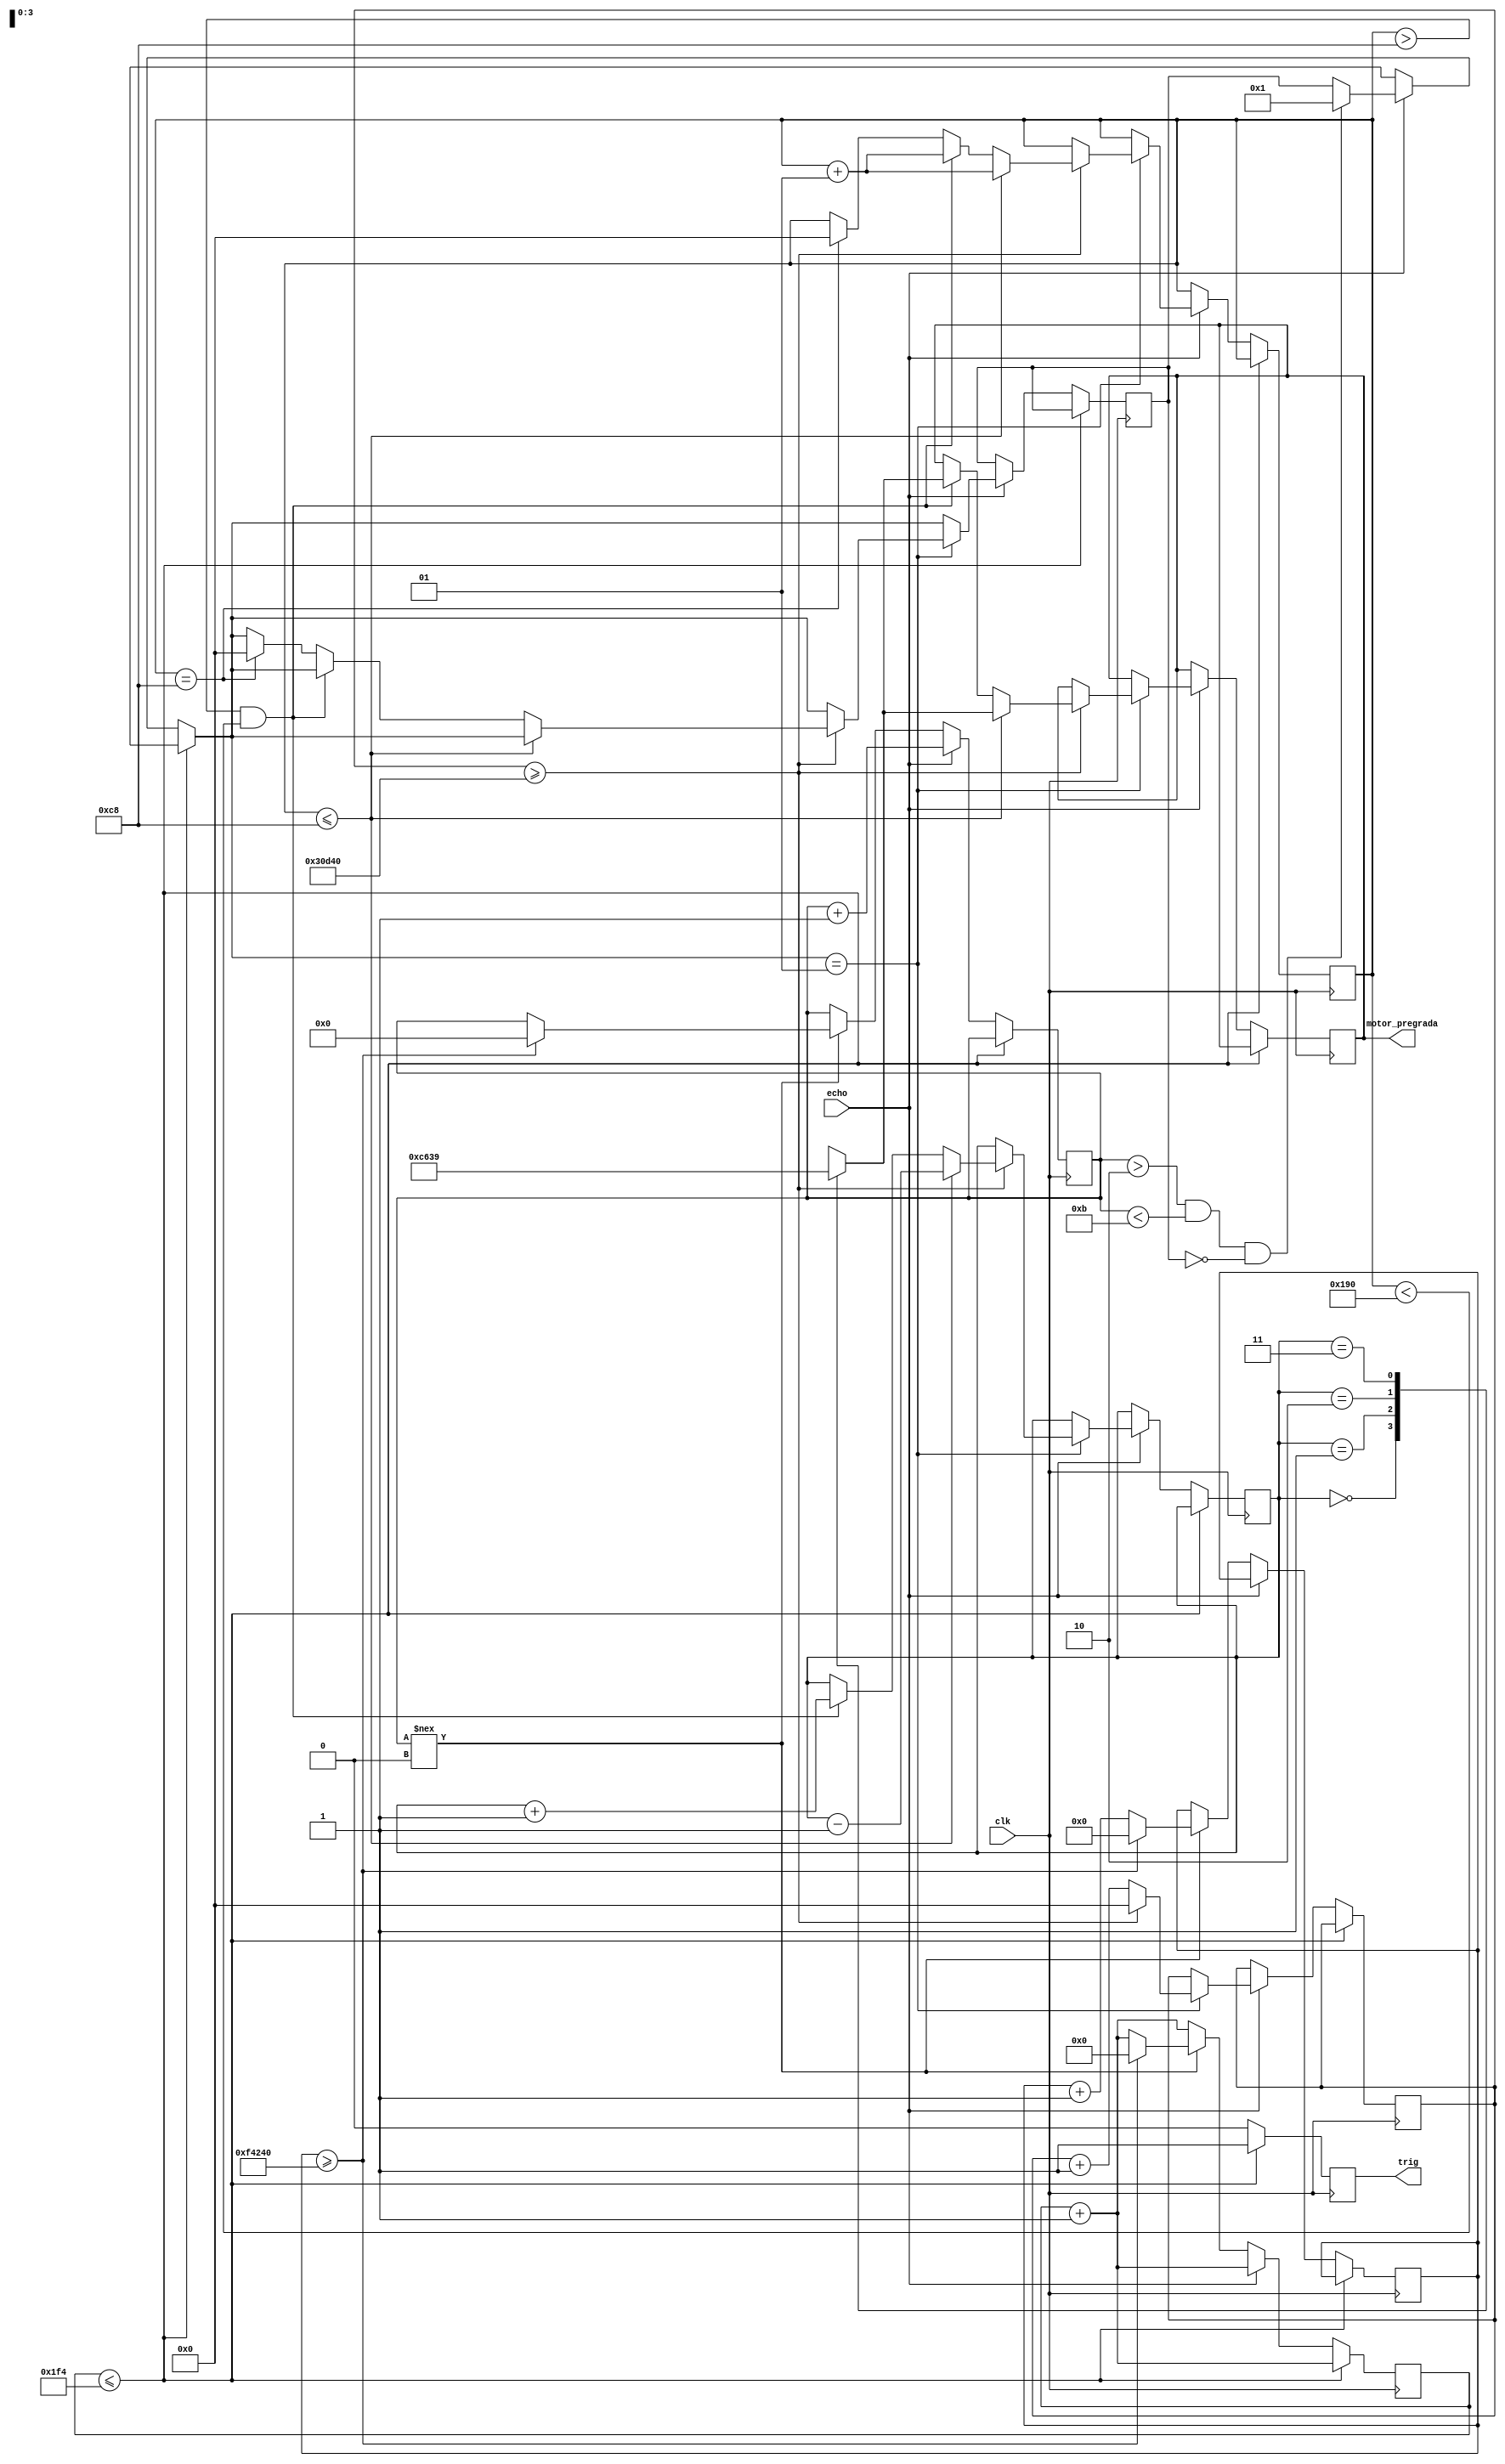
module hcsr04(clk, trig, echo, motor_pregrada);

input clk;
input echo;

output trig;
output[3:0] motor_pregrada;

reg[1:0] step1;
reg[3:0] motor_pregrada; 
reg[31:0] StepCounter = 32'b0;

reg trig_value = 1'b0;
reg [21:0] counter = 22'd00_0000_0000_0000_0000_0000;
reg [18:0] echo_counter = 19'd000_0000_0000_0000_0000;
reg [19:0] delay_counter = 20'd0000_0000_0000_0000_0000;

parameter[31:0] step_delay = 32'd200000;	//250HZ
parameter input_angle = 200; //ugao za pregradu

integer angle = 0;
integer blokiranje_senzor = 0;

always @(posedge clk )
begin
	//------------IMPULS NA TRIG PINU U TRAJANJU OD 10us------------
	counter<=counter+1'b1;
	if(counter<=500)
		begin
		trig_value <=1'b1;
		end
	else
	
		//-----RESETOVANJE TRIG PINA I OSLUSKIVANJE NA ECHO PINU-----
		begin
		trig_value <= 1'b0;
		if(echo)
			begin
				echo_counter<=echo_counter+1'b1;
				
				//------UKOLIKO SE DETEKTUJE VRIJEDNOST 10,5cm - 13cm FLASA NIJE DOBRO ZATVORENA------
				if((echo_counter > 4'd30882) && (echo_counter < 4'd38235) && (blokiranje_senzor == 0))
				begin
					blokiranje_senzor = 1;
				end
				
				//	--------------------PREGRADA KOJA BLOKIRA PROLAZAK DEFEKTNE FLASE-------------------
				if (blokiranje_senzor == 1)
				begin
					StepCounter <= StepCounter + 31'b1; 
							
					if (StepCounter >= step_delay)
					begin
						StepCounter <=32'b0;
						
						//	------------POKRETANJE PREGRADE KOJA BLOKIRA PROLAZAK DEFEKTNE FLASE----------
						if (angle <= input_angle) 
						begin
							step1 <= step1 - 1;
							angle <= angle + 1;
							
							//motor
							case (step1) 
							0: motor_pregrada <= 4'b1100;
							1: motor_pregrada <= 4'b0110;
							2: motor_pregrada <= 4'b0011;
							3: motor_pregrada <= 4'b1001;						
							endcase 
						end
						
						//	------------VRACANJE PREGRADE KOJA BLOKIRA PROLAZAK DEFEKTNE FLASE----------
						else if ((angle > input_angle) && (angle < (2 * input_angle)))
						begin
							step1 <= step1 + 1;
							angle <= angle + 1;
							
							//motor
							case (step1) 
							0: motor_pregrada <= 4'b1100;
							1: motor_pregrada <= 4'b0110;
							2: motor_pregrada <= 4'b0011;
							3: motor_pregrada <= 4'b1001;					
							endcase 
						end
						
						//--------------------------RESETOVANJE UGLA PREGRADE--------------------------
						else if (angle == input_angle)
						begin
							blokiranje_senzor = 0;
							angle <= 0;
							StepCounter <= 0;
						end
					end
				end
			end
		else
		if(echo_counter !== 19'd000_0000_0000_0000_0000)
			begin
			delay_counter <= delay_counter+1;
			if(delay_counter >= 20'b1111_0100_0010_0100_0000)
				begin
				counter <= 22'b00_0000_0000_0000_0000_0000;
				echo_counter <= 19'd000_0000_0000_0000_0000;
				delay_counter <= 20'b0000_0000_0000_0000_0000;
				end
			end
				
		end
end

assign trig = trig_value;

endmodule